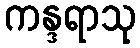
ကန္ဒရာသု